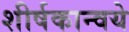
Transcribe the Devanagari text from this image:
शीर्षकान्वये